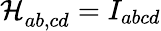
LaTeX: {\mathcal{H}_{ab,cd}^{\ }=I_{abcd}}